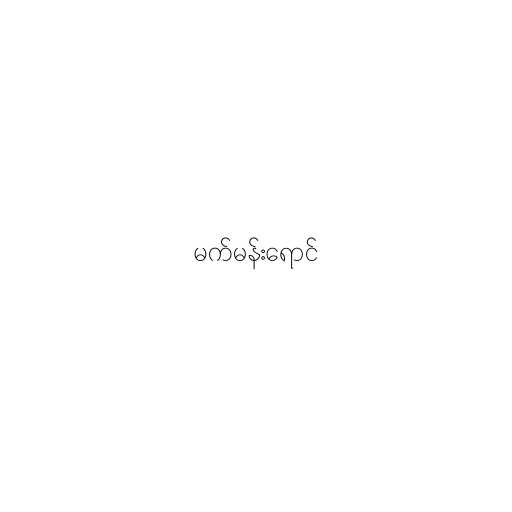
မက်မန်းရောင်